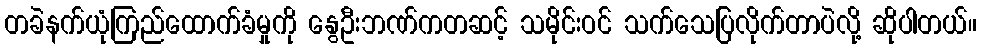
တခဲနက်ယုံကြည်ထောက်ခံမှုကို နွေဦးဘဏ်ကတဆင့် သမိုင်းဝင် သက်သေပြလိုက်တာပဲလို့ ဆိုပါတယ်။